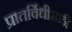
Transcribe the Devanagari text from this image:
प्रातर्विधीसाठी